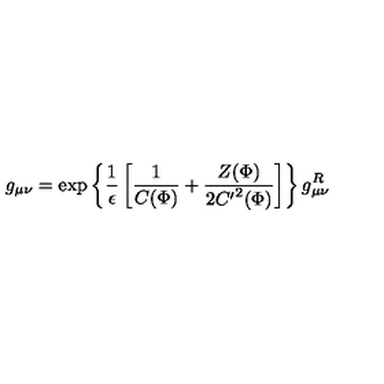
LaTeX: g _ { \mu \nu } = \exp \left\{ \frac { 1 } { \epsilon } \left[ \frac { 1 } { C ( \Phi ) } + \frac { Z ( \Phi ) } { 2 { C ^ { \prime } } ^ { 2 } ( \Phi ) } \right] \right\} g _ { \mu \nu } ^ { R }